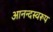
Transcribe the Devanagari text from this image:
आनन्दस्वरूप